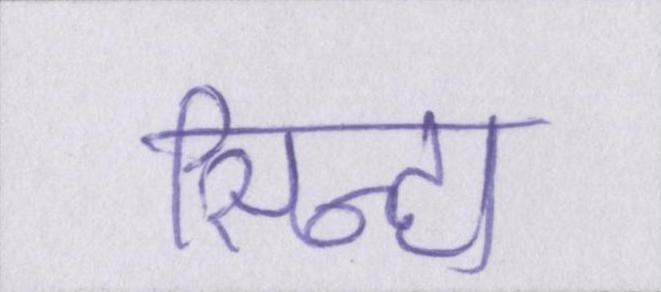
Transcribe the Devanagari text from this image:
सिन्हा